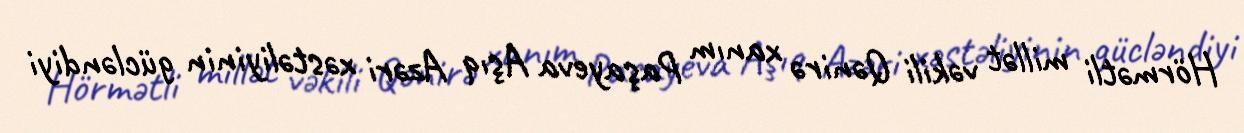
Hörmətli millət vəkili Qənirə xanım Paşayeva Aşıq Azəri xəstəliyinin gücləndiyi